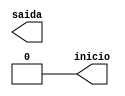
module clockdemux (saida, inicio);

         output wire saida;
         output wire inicio;
         reg out;
         reg out1;

    assign saida = out;
    assign inicio = out1;

initial
begin
    out = 0;
     out1 = 1;
end
always
begin
   #250 out = ~out;
    out1 = 0;
end
endmodule